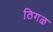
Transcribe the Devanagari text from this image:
ठिगळ